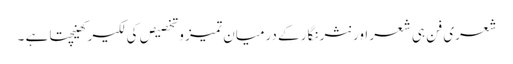
شعری فن ہی شعر اور نثر نگار کے درمیان تمیز وتخصیص کی لکیر کھینچتا ہے ۔